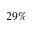
2 9 \%